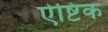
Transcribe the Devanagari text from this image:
ऐष्टिक